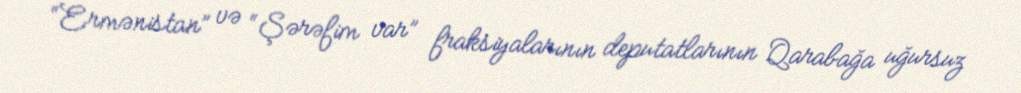
“Ermənistan” və “Şərəfim var” fraksiyalarının deputatlarının Qarabağa uğursuz